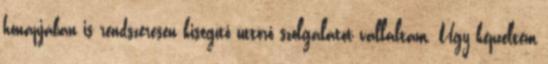
hónapjában is rendszeresen kisegítő úttörő szolgálatot vállaltam. Úgy képzeltem